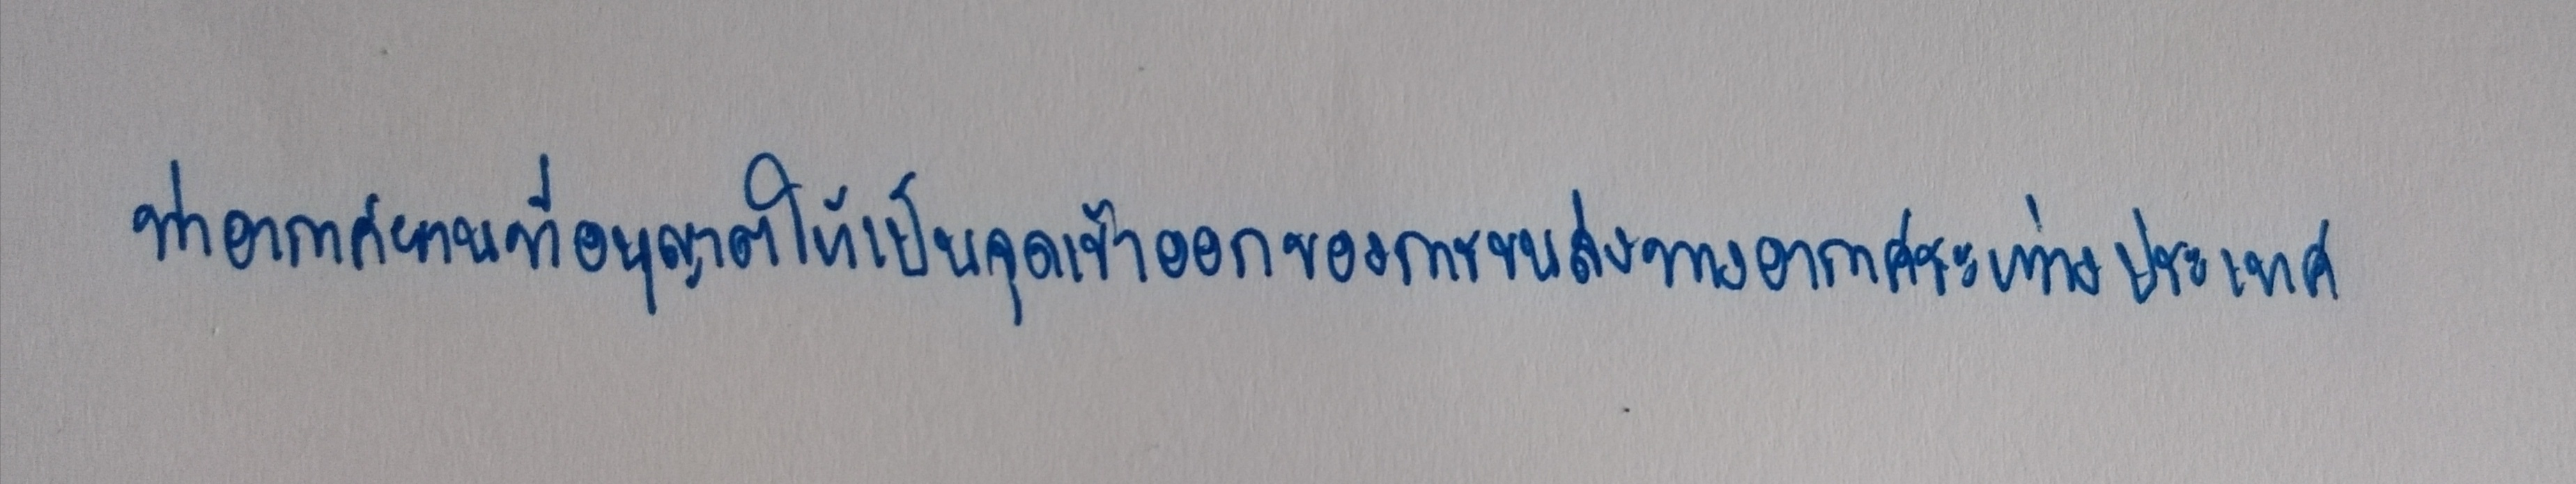
ท่าอากาศยานที่อนุญาตให้เป็นจุดเข้าออกของการขนส่งทางอากาศระหว่างประเทศ